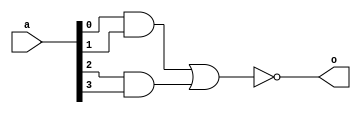
module samp_vec(o,a);
  input [3:0]a;
  output o;
  wire o1,o2;
  and (o1,a[0],a[1]);
  and (o2,a[2],a[3]);
  nor(o,o1,o2);  
endmodule